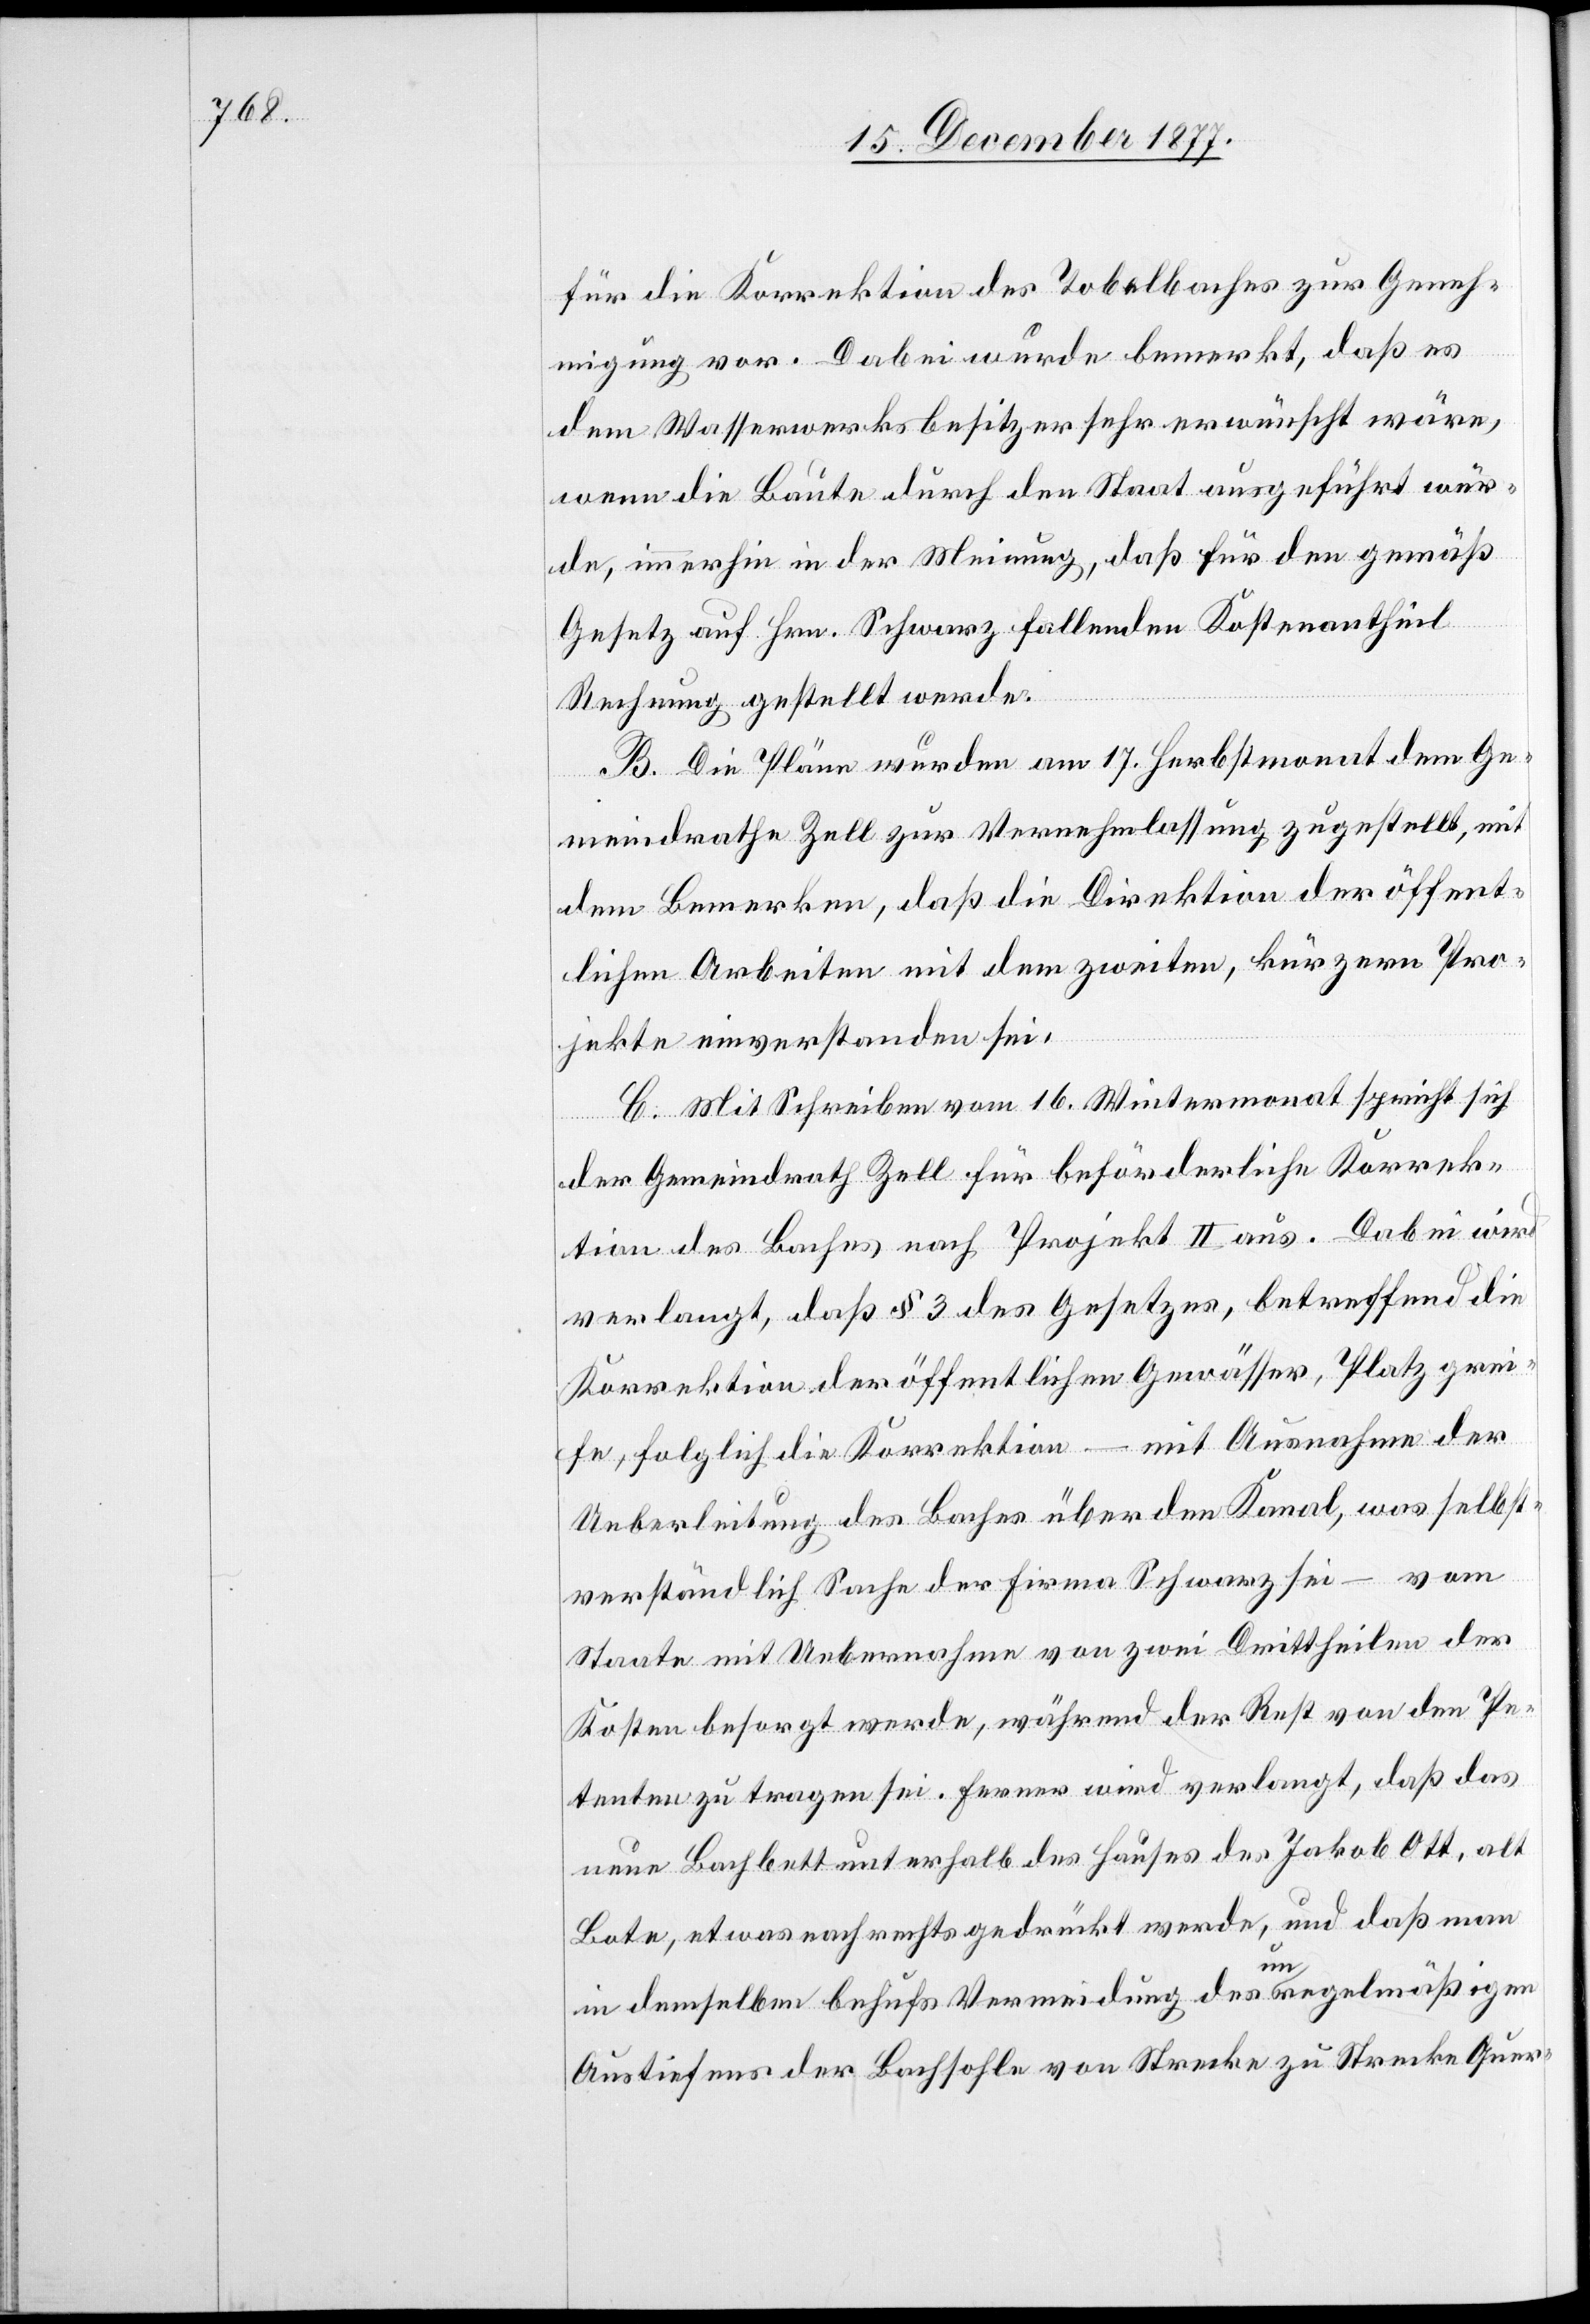
für die Korrektion des Tobelbaches zur Geneh¬
migung vor. Dabei wurde bemerkt, daß es
dem Wasserwerksbesitzer sehr erwünscht wäre,
wenn die Baute durch den Staat ausgeführt wür¬
de, immerhin in der Meinung, daß für den gemäß
Gesetz auf Hrn. Schwarz fallenden Kostenantheil
Rechnung gestellt werde.
B. Die Pläne wurden am 17. Herbstmonat dem Ge¬
meindrathe Zell zur Vernehmlassung zugestellt, mit
dem Bemerken, daß die Direktion der öffent¬
lichen Arbeiten mit dem zweiten, kürzern Pro¬
jekte einverstanden sei.
C. Mit Schreiben vom 16. Wintermonat spricht sich
der Gemeindrath Zell für beförderliche Korrek¬
tion des Baches nach Projekt II aus. Dabei wird
verlangt, daß § 3 des Gesetzes, betreffend die
Korrektion der öffentlichen Gewässer, Platz grei¬
fe, folglich die Korrektion – mit Ausnahme der
Ueberleitung des Baches über den Kanal, was selbst¬
verständlich Sache der Firma Schwarz sei – vom
State mit Uebernahme von zwei Drittheilen der
Kosten besorgt werde, während der Rest von den Pe¬
tenten zu tragen sei. Ferner wird verlangt, daß das
neue Bachbett unterhalb des Hauses des Jakob Ott, alt
Bote, etwas nach rechts gedrückt werde, und daß man
in demselben behufs Vermeidung des unregelmäßigen
Austiefens der Bachsohle von Strecke zu Strecke Quer-